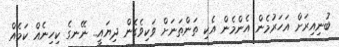
ބުނިއިރަށް އަހަރުމެން އެންމެން އެކި ތަންތަނަށް ވަކިވެގެން ދިޔައީ.. ނޭނގެ ކިހިނެއް ކަމެއް